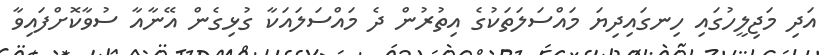
އަދި މަޖިލީހުގައި ހިނގައިދިޔަ މައްސަލަތަކުގެ އިތުރުން ދެ މައްސަލައަކާ ގުޅިގެން އޭނާއާ ސުވާކޮށްފައިވާ